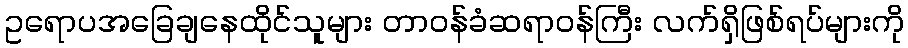
ဥရောပအခြေချနေထိုင်သူများ တာဝန်ခံဆရာဝန်ကြီး လက်ရှိဖြစ်ရပ်များကို